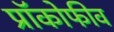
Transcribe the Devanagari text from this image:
प्रॉकोफीव